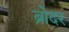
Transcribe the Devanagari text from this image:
ब्रोदर